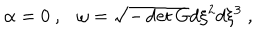
\alpha = 0 ~ , \omega = \sqrt { - \det G } d \xi ^ { 2 } d \xi ^ { 3 } ~ ,